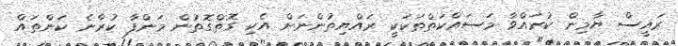
ރައީސް ޔާމިން ކުރައްވާ މަސައްކަތްތަކަކީ ރައްޔިތުންނަށް އެކި ގޮތްގޮތުން މަންފާ ކުރާނެ ކަންތައް